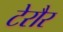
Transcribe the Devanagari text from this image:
टेरौर